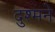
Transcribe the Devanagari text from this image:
दुश्मने